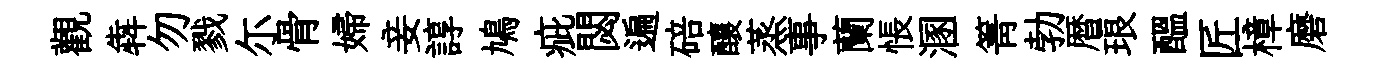
觀犇勿戮尓骨婦妾諄鳩疵閟遍碚釀蒸事蘭悵溷箐勃暦琅醖匠樟磨